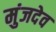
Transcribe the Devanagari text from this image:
मुंजदेव